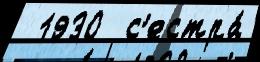
 1930  с'естра́